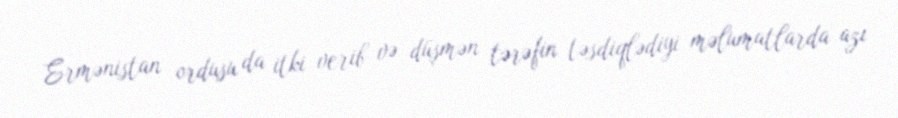
Ermənistan ordusu da itki verib və düşmən tərəfin təsdiqlədiyi məlumatlarda azı